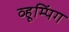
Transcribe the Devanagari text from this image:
व्हूम्पिंग